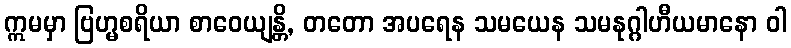
ဣမမှာ ဗြဟ္မစရိယာ စာဝေယျန္တိ, တတော အပရေန သမယေန သမနုဂ္ဂါဟီယမာနော ဝါ